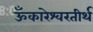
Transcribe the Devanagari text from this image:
ऊँकारेश्वरतीर्थ